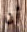
أن